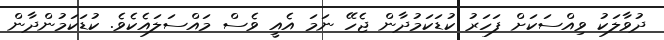
ދުވާލަކު ވިއްސަކަށް ފަހަރު ކުޑަކަމުދާން ޖެހޭ ނަމަ އެއީ ވެސް މައްސަލައެކެވެ. ކުޑަކަމުންދާން